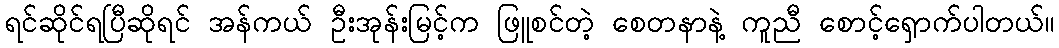
ရင်ဆိုင်ရပြီဆိုရင် အန်ကယ် ဦးအုန်းမြင့်က ဖြူစင်တဲ့ စေတနာနဲ့ ကူညီ စောင့်ရှောက်ပါတယ်။